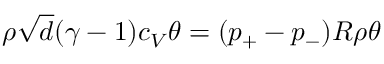
\rho \sqrt { d } ( \gamma - 1 ) c _ { V } \theta = ( p _ { + } - p _ { - } ) R \rho \theta